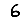
Digit: 6